Indian journal of veterinary science and animal husbandry - Volumes 15-17, 1948-1951
Year: 1948
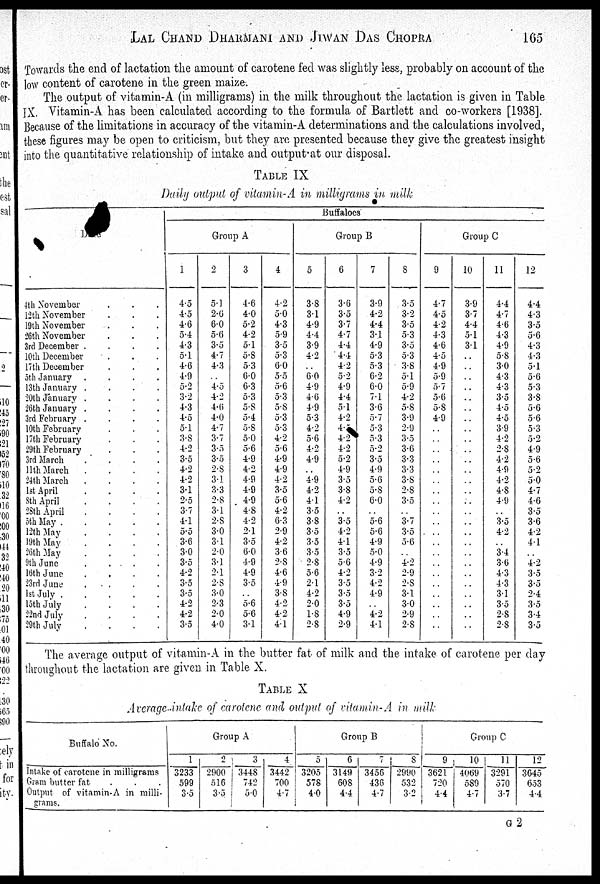
LAL CHAND DHARMANI AND JIWAN DAS CHOPRA 165
Towards the end of lactation the amount of carotene fed was slightly less, probably on account of the
low content of carotene in the green maize.
The output of vitamin-A (in milligrams) in the milk throughout the lactation is given in Table
IX. Vitamin-A has been calculated according to the formula of Bartlett and co-workers [1938].
Because of the limitations in accuracy of the vitamin-A determinations and the calculations involved,
these figures may be open to criticism, but they are presented because they give the greatest insight
into the quantitative relationship of intake and output at our disposal.
TABLE IX
Daily output of vitamin-A in milligrams in milk
Date
4th November . . .
12th November . . .
19th November . . .
26th November . . .
3rd December
.
.
.
.
10th December . . .
17th December . . .
5th January
.
.
.
.
13th January
.
.
.
.
20th January
.
.
.
.
26th January
.
.
.
.
3rd February
.
.
.
.
10th February . . .
17th February . . .
29th February . . .
3rd March . . . .
11th March
.
.
.
.
24th March . . . .
1st April
.
.
.
.
8th April . . . .
28th April
.
.
.
.
5th May
.
.
.
.
.
12th May . . . .
19th
May
.
.
.
.
26th May . . . .
9th June
.
.
.
.
16th June . . . .
23rd June . . . .
1st July.
.
.
.
.
l5th July
.
.
.
.
22nd July . . . .
29th July . . . .
Buffaloes
Group A
1
4.5
4.5
4.6
5.4
4.3
5.1
4.6
4.9
5.2
3.2
4.3
4.5
5.1
3.8
4.2
3.5
4.2
4.2
3.1
2.5
3.7
4.1
5.5
3.6
3.0
3.5
4.2
3.5
3.5
4.2
4.2
3.5
2
5.1
2.6
6.0
5.6
3.5
4.7
4.3
..
4.5
4.2
4.6
4.0
4.7
3.7
3.5
3.5
2.8
3.1
3.3
2.8
3.1
2.8
3.0
3.1
2.0
3.1
2.1
2.8
3.0
2.3
2.0
4.0
3
4.6
4.0
5.2
4.2
5.1
5.8
5.3
6.0
6.3
5.3
5.8
5.4
5.8
5.0
5.6
4.9
4.2
4.9
4.9
4.9
4.8
4.2
2.1
3.5
6.0
4.9
4.9
3.5
..
5.6
5.6
3.1
4
4.2
5.0
4.3
5.9
3.5
5.3
6.0
5.5
5.6
5.3
5.8
5.3
5.3
4.2
5.6
4.9
4.9
4.2
3.5
5.6
4.2
6.3
2.9
4.2
3.6
2.8
4.6
4.9
3.8
4.2
4.2
4.1
Group B
5
3.8
3.1
4.9
4.4
3.9
4.2
..
6.0
4.9
4.6
4.9
5.3
4.2
5.6
4.2
4.9
..
4.9
4.2
4.1
3.5
3.8
3.5
3.5
3.5
2.8
5.6
2.1
4.2
2.0
1.8
2.8
6
3.6
3.5
3.7
4.7
4.4
4.4
4.2
5.2
4.9
4.4
5.1
4.2
4.5
4.2
4.2
5.2
4.9
3.5
3.8
4.2
..
3.5
4.2
4.1
3.5
5.6
4.2
3.5
3.5
3.5
4.9
2.9
7
3.9
4.2
4.4
3.1
4.9
5.3
5.3
6.2
6.0
7.1
3.6
5.7
5.3
5.3
5.2
3.5
4.9
5.6
5.8
6.0
..
5.6
5.6
4.9
5.0
4.9
3.2
4.2
4.9
..
4.2
4.1
8
3.5
3.2
3.5
5.3
3.5
5.3
3.8
5.1
5.9
4.2
5.8
3.9
2.9
3.5
3.6
3.3
3.3
3.8
2.8
3.5
..
3.7
3.5
5.6
..
4.2
2.9
2.8
3.1
3.0
2.9
2.8
Group C
9
4.7
4.5
4.2
4.3
4.6
4.5
4.9
5.9
5.7
5.6
5.8
4.9
..
..
..
..
..
..
..
..
..
..
..
..
..
..
..
..
..
..
..
..
10
3.9
3.7
4.4
5.1
3.1
..
..
..
..
..
..
..
..
..
..
..
..
..
..
..
..
..
..
..
..
..
..
..
..
..
..
..
11
4.4
4.7
4.6
4.3
4.9
5.8
3.0
4.3
4.3
3.5
4.5
4.5
3.9
4.2
2.8
4.2
4.9
4.2
4.8
4.9
..
3.5
4.2
..
3.4
3.6
4.3
4.3
3.1
3.5
2.8
2.8
12
4.4
4.3
3.5
5.6
4.3
4.3
5.1
5.6
5.3
3.8
5.6
5.6
5.3
5.2
4.9
5.6
5.2
5.0
4.7
4.6
3.5
3.6
4.2
4.1
..
4.2
3.5
3.5
2.4
3.5
3.4
3.5
The average output of vitamin-A in the butter fat of milk and the intake of carotene per day
throughout the lactation are given in Table X.
TABLE X
Average-intake of carotene and output of vitamin-A in milk
Buffalo No.
Intake of carotene in milligrams
Gram butter fat . . .
Output of vitamin-A in milli-
grams.
Group A
1
3233
599
3.5
2
2900
516
3.5
3
3448
742
5.0
4
3442
700
4.7
Group B
5
3205
578
4.0
6
3149
608
4.4
7
3456
436
4.7
8
2990
532
3.2
Group C
9
3621
720
4.4
10
4069
589
4.7
11
3291
570
3.7
12
3645
653
4.4
G 2